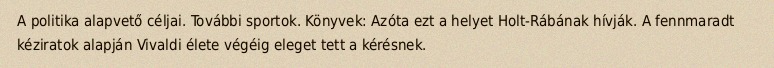
A politika alapvető céljai. További sportok. Könyvek: Azóta ezt a helyet Holt-Rábának hívják. A fennmaradt kéziratok alapján Vivaldi élete végéig eleget tett a kérésnek.